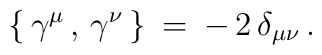
\{\,\gamma^{\mu}\, ,\,\gamma^{\nu}\, \}\:=\:-\,2\,\delta_{\mu \nu}\,.